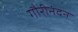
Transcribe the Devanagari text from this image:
गौरीनंदन